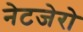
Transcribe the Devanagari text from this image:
नेटजेरो